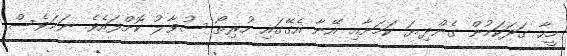
މީހާ ގަދަކަމުން ގެންދިޔަ ކަމަށާއި އޭނާ އެގޭގައި ހުރިތޯ ސުވާލު ކޮށްފައެވެ. ނަމަވެސް